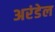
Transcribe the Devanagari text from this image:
अरंडेल